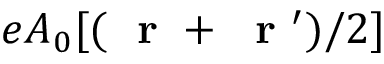
e A _ { 0 } [ ( \mathrm { ~ \bf ~ r ~ } + \mathrm { ~ \bf ~ r ~ } ^ { \prime } ) / 2 ]